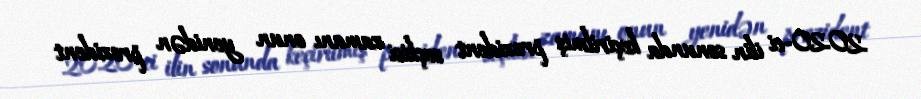
2020-ci ilin sonunda keçirilmiş prezident seçkisi zamanı onun yenidən prezident